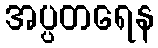
အပ္ပတရေန